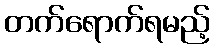
တက်ရောက်ရမည့်